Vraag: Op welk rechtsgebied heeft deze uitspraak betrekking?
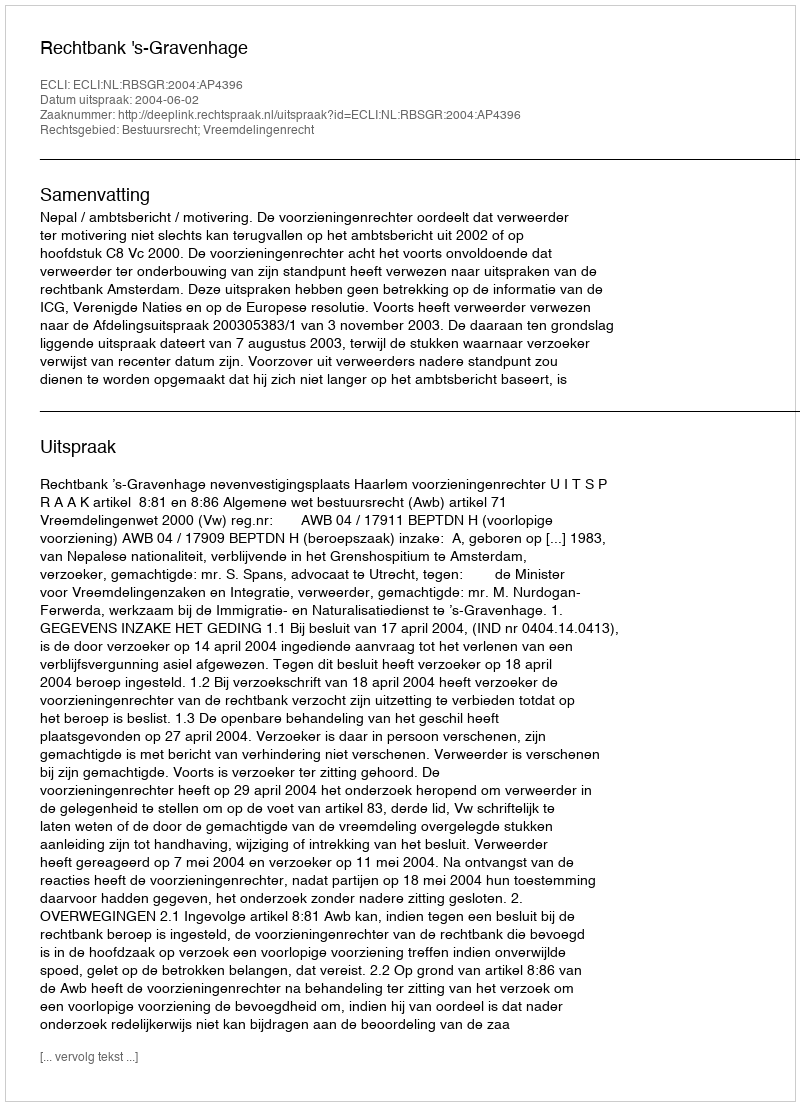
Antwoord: Bestuursrecht; Vreemdelingenrecht